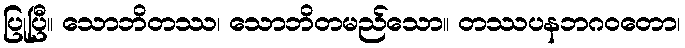
ပြုပြီ။ သောဘိတဿ၊ သောဘိတမည်သော။ တဿပနဘဂဝတော၊